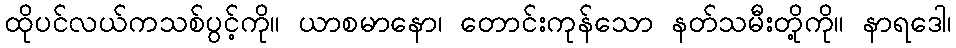
ထိုပင်လယ်ကသစ်ပွင့်ကို။ ယာစမာနော၊ တောင်းကုန်သော နတ်သမီးတို့ကို။ နာရဒေါ၊